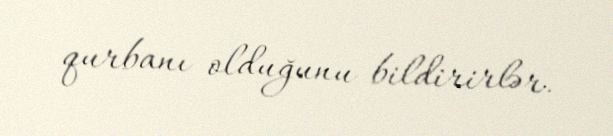
qurbanı olduğunu bildirirlər.